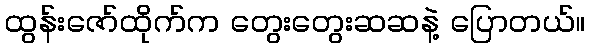
ထွန်းဇော်ထိုက်က တွေးတွေးဆဆနဲ့ ပြောတယ်။